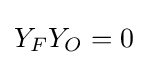
Y_{F}Y_{O}=0